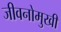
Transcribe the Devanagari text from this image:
जीवनोमुखी